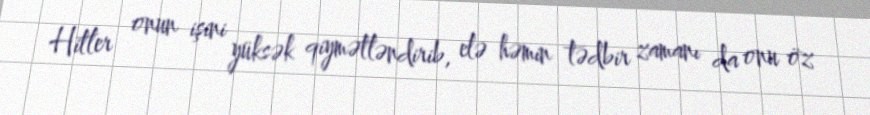
Hitler onun işini yüksək qiymətləndirib, elə həmin tədbir zamanı da onu öz